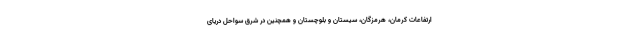
ارتفاعات کرمان، هرمزگان، سیستان و بلوچستان و همچنین در شرق سواحل دریای